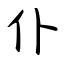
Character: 仆